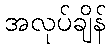
အလုပ်ချိန်